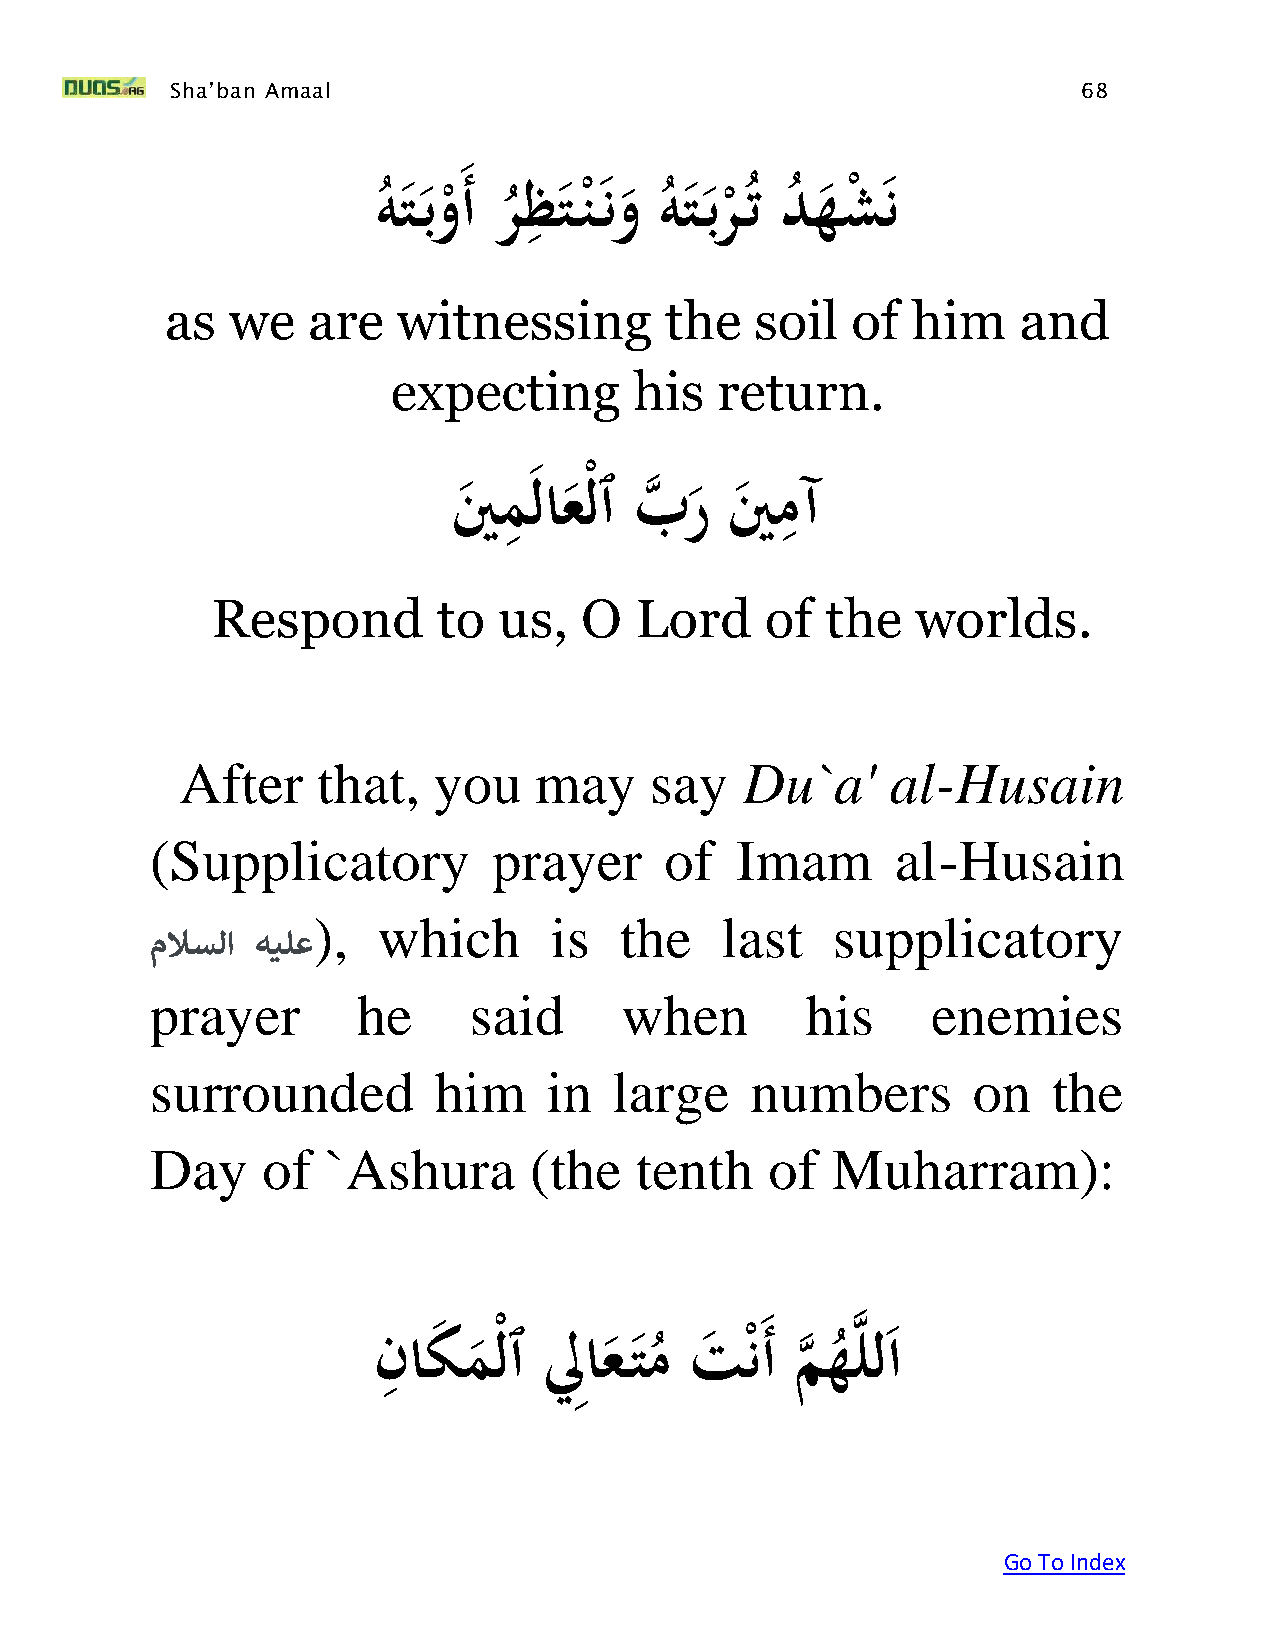
Sha’ban Amaal                                                68
 ِ
 َهت بو َأَرظت نَ نوَهت بر تَدهشن
 ُ   ْ   ُ    ْ     ُ   ْ ُ ُ   ْ
 as  we   are   witnessing        the   soil  of  him     and
 expecting       his  return.
 ِ                  ِ
 ينَ م لاعْلٱَبه رَينمآ
 Respond        to  us,  O   Lord     of  the   worlds.
 After    that,   you   may     say   Du`a'     al-Husain
 (Supplicatory          prayer     of   Imam      al-Husain
 ),  which      is   the    last   supplicatory
 ملاسلا هيلع
 prayer        he     said      when        his      enemies
 surrounded         him    in   large    numbers       on    the
 Day    of   `Ashura      (the   tenth    of  Muharram):
 ِ                              ه
 نَ اك م ْلٱَلِِاع تم
 ُ
 َت   ْن َأَم
 ه
 ه
 ُ
 لل ا
 Go To Index